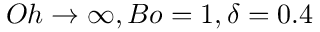
O h \rightarrow \infty , B o = 1 , \delta = 0 . 4